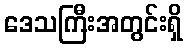
ဒေသကြီးအတွင်းရှိ